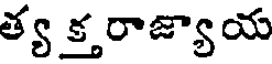
త్య క్త రాజ్యాయ